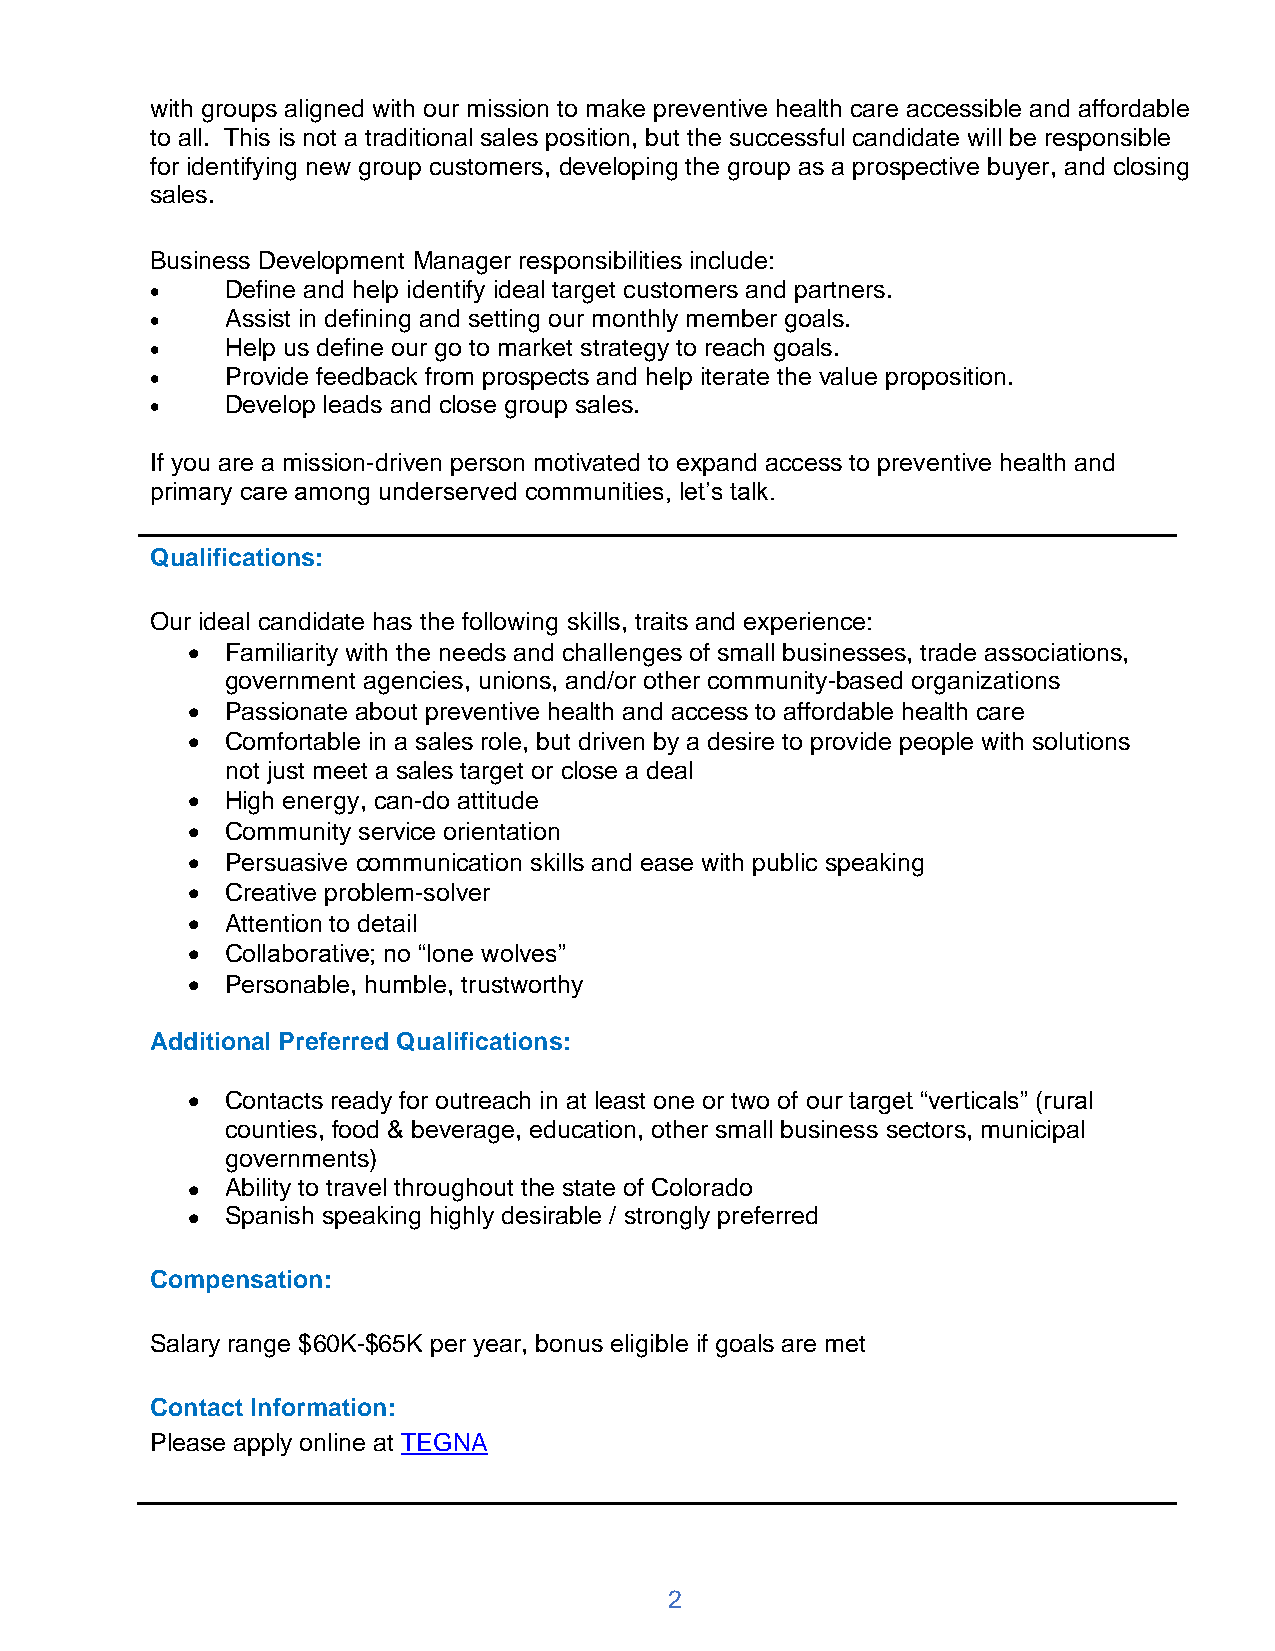
with groups aligned with our mission to make preventive health care accessible and affordable
 to all. This is not a traditional sales position, but the successful candidate will be responsible
 for identifying new group customers, developing the group as a prospective buyer, and closing
 sales.
 Business Development Manager responsibilities include:
 •    Define and help identify ideal target customers and partners.
 •    Assist in defining and setting our monthly member goals.
 •    Help us define our go to market strategy to reach goals.
 •    Provide feedback from prospects and help iterate the value proposition.
 •    Develop leads and close group sales.
 If you are a mission-driven person motivated to expand access to preventive health and
 primary care among underserved communities, let’s talk.
 Qualifications:
 Our ideal candidate has the following skills, traits and experience:
 •  Familiarity with the needs and challenges of small businesses, trade associations,
 government agencies, unions, and/or other community-based organizations
 •  Passionate about preventive health and access to affordable health care
 •  Comfortable in a sales role, but driven by a desire to provide people with solutions
 not just meet a sales target or close a deal
 •  High energy, can-do attitude
 •  Community service orientation
 •  Persuasive communication skills and ease with public speaking
 •  Creative problem-solver
 •  Attention to detail
 •  Collaborative; no “lone wolves”
 •  Personable, humble, trustworthy
 Additional Preferred Qualifications:
 •  Contacts ready for outreach in at least one or two of our target “verticals” (rural
 counties, food & beverage, education, other small business sectors, municipal
 governments)
 •  Ability to travel throughout the state of Colorado
 •  Spanish speaking highly desirable / strongly preferred
 Compensation:
 Salary range $60K-$65K per year, bonus eligible if goals are met
 Contact Information:
 Please apply online at TEGNA
 2